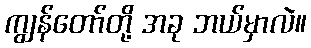
ကျွန်တော်တို့ အခု ဘယ်မှာလဲ။